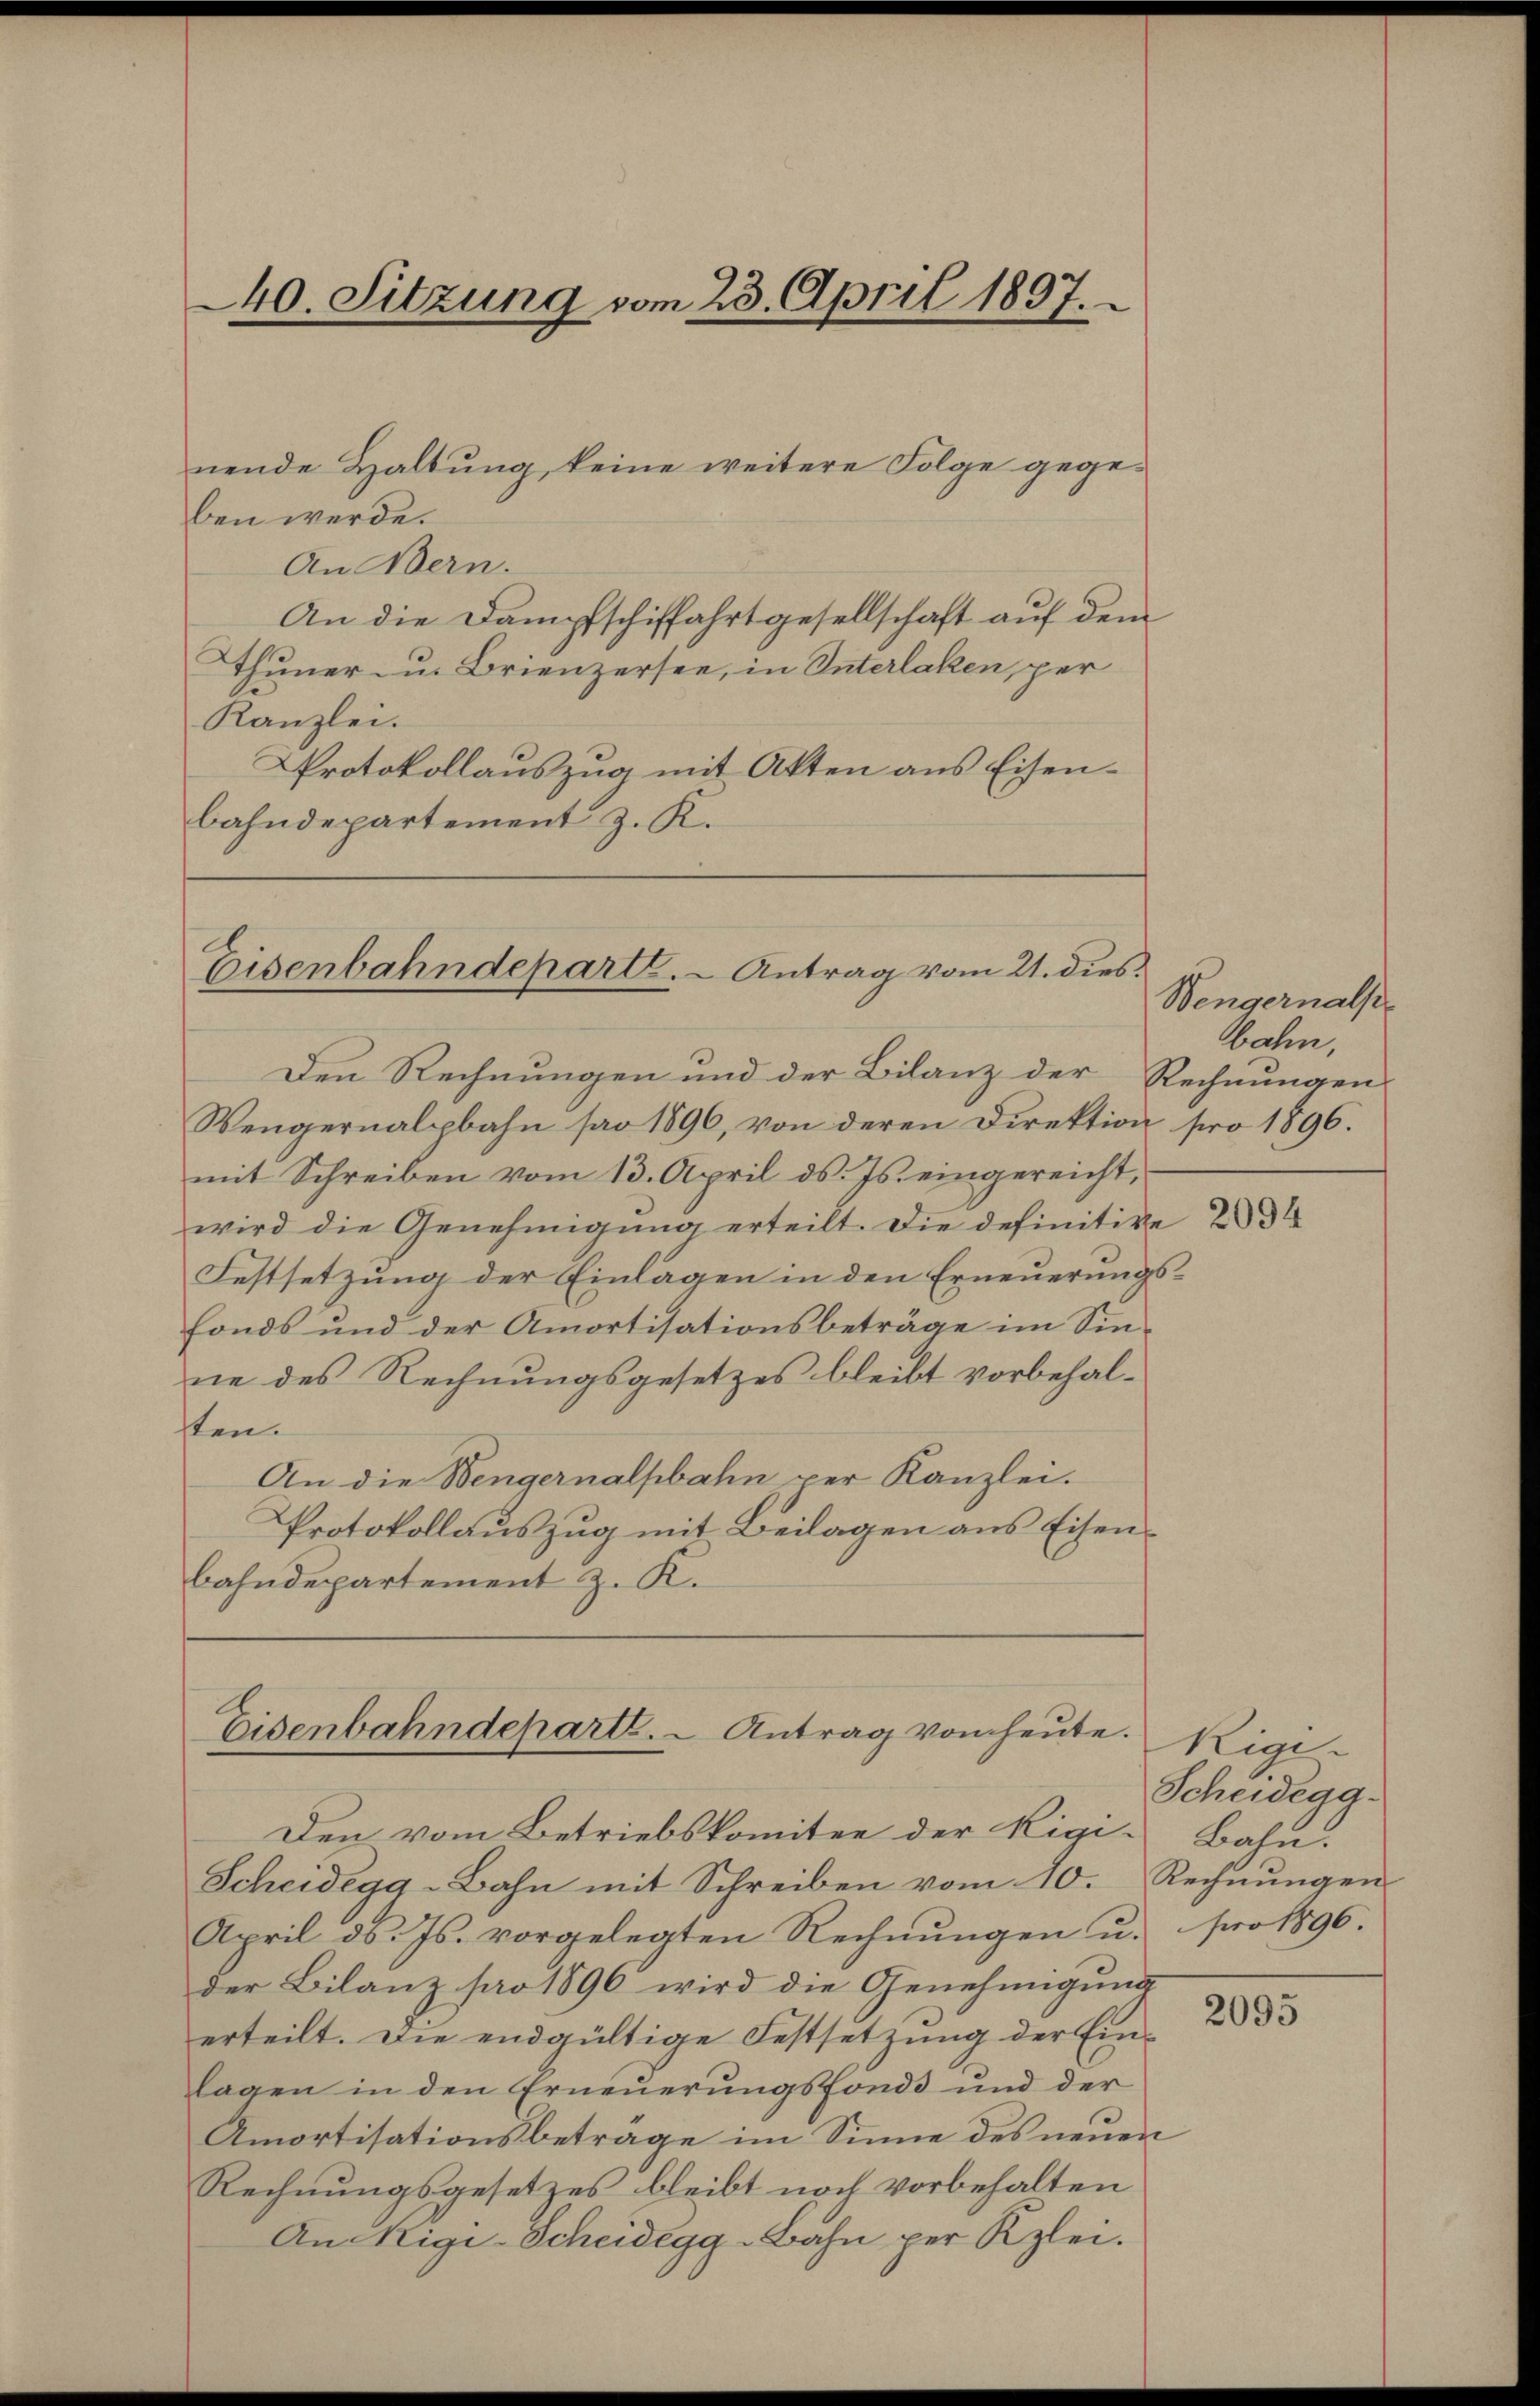
40. Sitzung vom 23. April 1897.

nende Haltung keine weitere Folge gegeben werde.
An Bern.
An die Dampfschiffahrtgesellschaft auf dem
Thuner- u. Brienzersee, in Interlaken, per
Kanzlei.
Protokollauszug mit Akten aus Eisenbahndepartement z. R.

A
Eisenbahndeparte. - Antrag vom 21. dies

Eisenbahndeparte. Antrag vom heute.

Den Rechnungen und der Bilanz der Rechnungen
Wengernalpbahn pro 1896, von deren Direktion pro 1896.
mit Schreiben vom 13. April ds. Js. eingereicht,
wird die Genehmigung erteilt. Die definitive 23
Festsetzung der Einlagen in den Erneuerungsfonds und der Amortisationsbeträge im Sinne des Rechnungsgesetzes bleibt vorbehalten.
An die Wengernalpbahn per Kanzlei.
Protokollauszug mit Beilagen aus Eisenbahndepartement z. K.

Wengernals
bahn,

Den vom Betriebskomitee der Rigi¬
Scheidegg-Bahn mit Schreiben vom 10. Rechnungen
April d. Js. vorgelegten Rechnungen u. pro 1890.
der Bilanz pro 1896 wird die Genehmigung
erteilt. Die endgültige Festsetzung der Einlagen in den Erneuerungsfonds und der
Amortisationsbeträge im Sinne des neuen
Rechnungsgesetzes bleibt noch vorbehalten
An Nigi-Scheidegg-Bahn per Klei¬

Rige-
Scheidega¬
Bahn.

2093